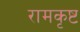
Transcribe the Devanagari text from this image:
रामकृष्ट